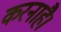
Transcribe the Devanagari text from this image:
करनाहै।